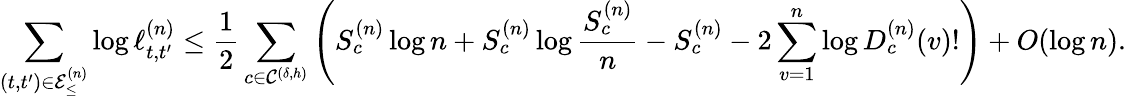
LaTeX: \sum_{(t,t^{\prime})\in\mathcal{E}_{\leq}^{(n)}}\log\ell_{t,t^{\prime}}^{(n)}\leq\frac{1}{2}\sum_{c\in\mathcal{C}^{(\delta,h)}}\left(S_{c}^{(n)}\log n+S_{c}^{(n)}\log\frac{S_{c}^{(n)}}{n}-S_{c}^{(n)}-2\sum_{v=1}^{n}\log D_{c}^{(n)}(v)!\right)+O(\log n).